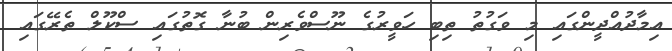
އިމާދުއްދީންގައި މި ވަގުތު ތިބި ހަވީރުގެ ނޫސްވެރިން ބުނާ ގޮތުގައި ސްކޫލް ތެރޭގައި